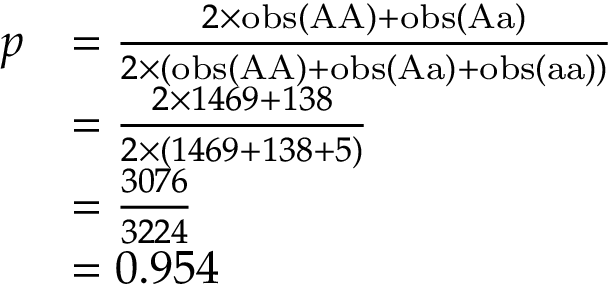
{ \begin{array} { r l } { p } & { = { \frac { 2 \times \mathrm { o b s } ( { \mathrm { A A } } ) + \mathrm { o b s } ( { \mathrm { A a } } ) } { 2 \times ( \mathrm { o b s } ( { \mathrm { A A } } ) + \mathrm { o b s } ( { \mathrm { A a } } ) + \mathrm { o b s } ( { \mathrm { a a } } ) ) } } } \\ & { = { \frac { 2 \times 1 4 6 9 + 1 3 8 } { 2 \times ( 1 4 6 9 + 1 3 8 + 5 ) } } } \\ & { = { \frac { 3 0 7 6 } { 3 2 2 4 } } } \\ & { = 0 . 9 5 4 } \end{array} }